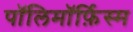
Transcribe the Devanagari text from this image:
पॉलिमॉर्फ़िस्म